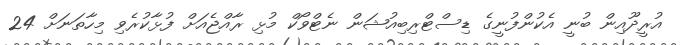
އުރީދޫއިން ބުނީ އެކުންފުނީގެ ޑިސްޓްރިބިއުޝަން ނެޓްވޯކް މުޅި ރާއްޖެއަށް ފުޅާކުރެވި މިހާތަނަށް 24